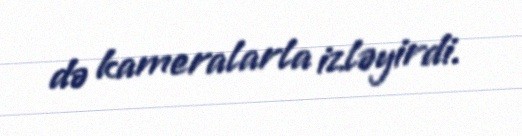
də kameralarla izləyirdi.